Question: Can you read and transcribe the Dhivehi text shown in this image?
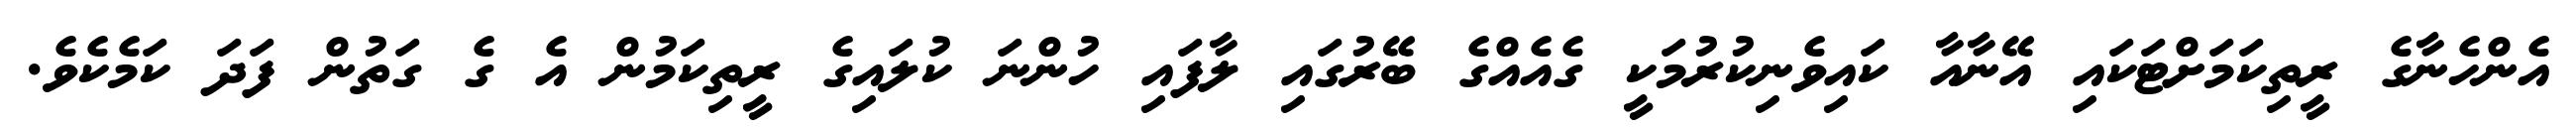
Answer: އެންހެނާގެ ރީތިކަމަށްޓަކައި އޭނާއާ ކައިވެނިކުރުމަކީ ގެއެއްގެ ބޭރުގައި ލާފައި ހުންނަ ކުލައިގެ ރީތިކަމުން އެ ގެ ގަތުން ފަދަ ކަމެކެވެ.